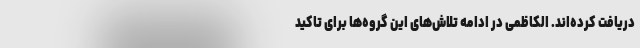
دریافت کرده‌اند. الکاظمی در ادامه تلاش‌های این گروه‌ها برای تاکید